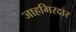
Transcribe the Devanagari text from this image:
जाहगिरदार